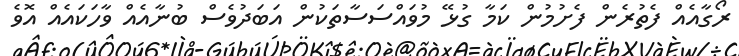
ރޯގާއެއް ފެތުރެން ފެށުމުން ކަމާ ގުޅޭ މުވައްސަސާތަކުން އަބަދުވެސް ބުނާއެއް ވާހަކައެއް އޮވެ